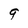
Character: 9